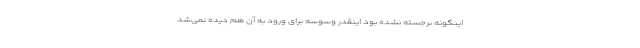
اینگونه برجسته نشده بود اینقدر وسوسه برای ورود به آن هم دیده نمی‌شد